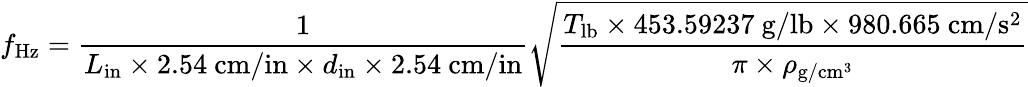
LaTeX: f_{\mathrm{Hz}}={\frac{1}{L_{\mathrm{in}}\times 2.54\ \mathrm{cm/in}\times d_{\mathrm{in}}\times 2.54\ \mathrm{cm/in}}}{\sqrt{\frac{T_{\mathrm{lb}}\times 453.59237\ \mathrm{g/lb}\times 980.665\ \mathrm{cm/s^{2}}}{\pi\times\rho_{\mathrm{g/cm^{3}}}}}}